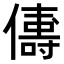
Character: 𬿻